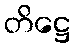
တိဋ္ဌေ